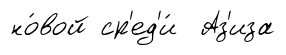
но́вой ср'ед'и́ Аз'иза